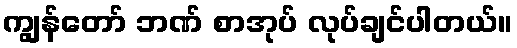
ကျွန်တော် ဘဏ် စာအုပ် လုပ်ချင်ပါတယ်။